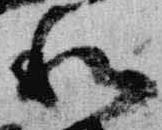
和